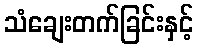
သံချေးတက်ခြင်းနှင့်